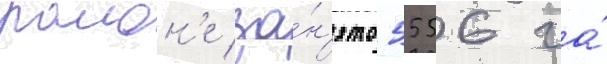
раион'е за́н'ято 5556 га́